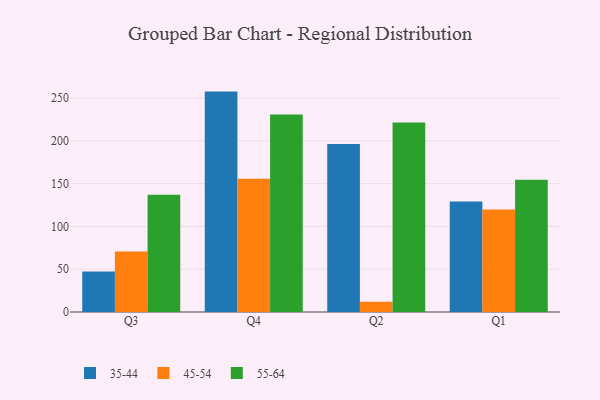
{"axis": {"x": "Quarter", "y": "LTV (USD)"}, "legend": ["35-44", "45-54", "55-64"], "data": [{"x": "Q3", "y": 47.2, "type": "35-44"}, {"x": "Q3", "y": 70.6, "type": "45-54"}, {"x": "Q3", "y": 137.1, "type": "55-64"}, {"x": "Q4", "y": 257.5, "type": "35-44"}, {"x": "Q4", "y": 155.8, "type": "45-54"}, {"x": "Q4", "y": 230.6, "type": "55-64"}, {"x": "Q2", "y": 196.4, "type": "35-44"}, {"x": "Q2", "y": 12.1, "type": "45-54"}, {"x": "Q2", "y": 221.5, "type": "55-64"}, {"x": "Q1", "y": 129.2, "type": "35-44"}, {"x": "Q1", "y": 119.7, "type": "45-54"}, {"x": "Q1", "y": 154.4, "type": "55-64"}]}